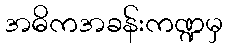
အဓိကအခန်းကဏ္ဍမှ